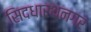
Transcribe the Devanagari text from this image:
सिदधारथनगर